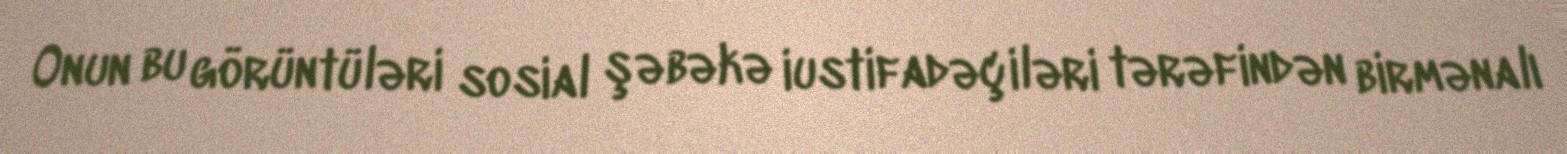
Onun bu görüntüləri sosial şəbəkə iustifadəçiləri tərəfindən birmənalı